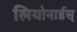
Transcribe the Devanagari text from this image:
लियोनार्डस्